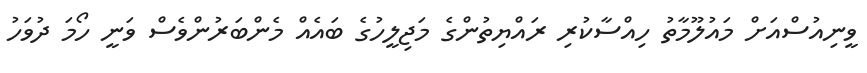
ވީނިއުސްއަށް މައުލޫމާތު ހިއްސާކުރި ރައްޔިތުންގެ މަޖިލީހުގެ ބައެއް މެންބަރުންވެސް ވަނީ ހޯމަ ދުވަހު